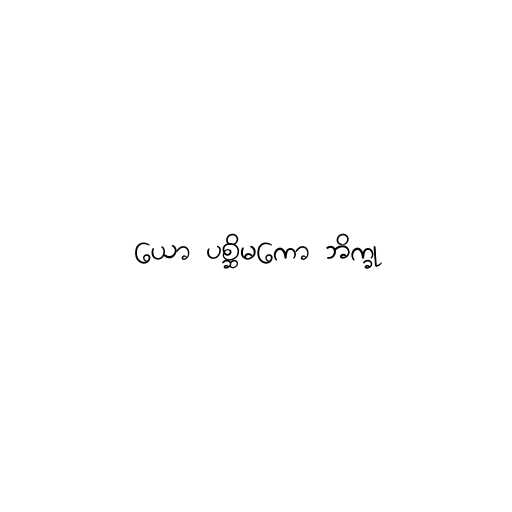
ယော ပစ္ဆိမကော ဘိက္ခု